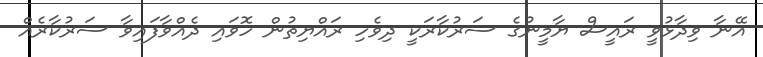
އޭނާ ވިދާޅުވީ ރައީސް ޔާމީނުގެ ސަރުކާރަކީ ދިވެހި ރައްޔިތުން ހޮވައި ދެއްވާފައިވާ ސަރުކާރެއް